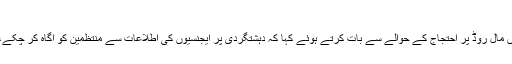
مال روڈ احتجاج میں دہشتگردی ہو سکتی ہے: رانا ثناء
وزیر قانون پنجاب رانا ثناء اللہ نے دنیا نیوز سے خصوصی گفتگو میں مال روڈ پر احتجاج کے حوالے سے بات کرتے ہوئے کہا کہ دہشتگردی پر ایجنسیوں کی اطلاعات سے منتظمین کو آگاہ کر چکے، باقاعدہ مکتوب کے ذریعے بتا دیا ہے کہ دہشت گردی ہو سکتی ہے۔